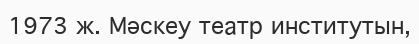
1973 ж. Мәскеу театр институтын,